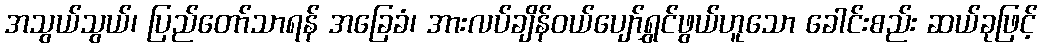
အသွယ်သွယ်၊ ပြည်တော်သာရန် အခြေခံ၊ အားလပ်ချိန်ဝယ်ပျော်ရွှင်ဖွယ်ဟူသော ခေါင်းစည်း ဆယ်ခုဖြင့်